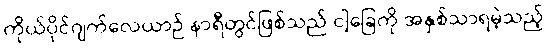
ကိုယ်ပိုင်ဂျက်လေယာဉ် နာရီတွင်ဖြစ်သည် ငါ့ခြေကို အနှစ်သာရမဲ့သည့်